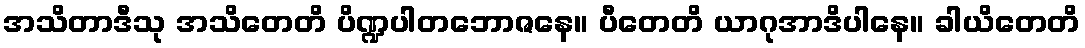
အသိတာဒီသု အသိတေတိ ပိဏ္ဍပါတဘောဇနေ။ ပီတေတိ ယာဂုအာဒိပါနေ။ ခါယိတေတိ